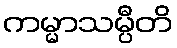
ကမ္မာသမ္ပီတိ